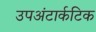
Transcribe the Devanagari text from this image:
उपअंटार्कटिक